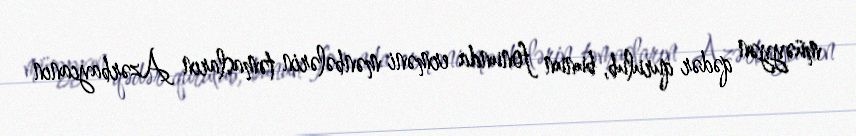
müəyyən qədər qurulub, bunun fonunda erməni mənbələrin təmasların Azərbaycanın